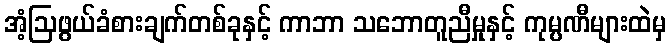
အံ့ဩဖွယ်ခံစားချက်တစ်ခုနှင့် ကာဘာ သဘောတူညီမှုနှင့် ကုမ္ပဏီများထဲမှ